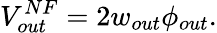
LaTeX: V_{out}^{NF}=2w_{out}\phi_{out}.